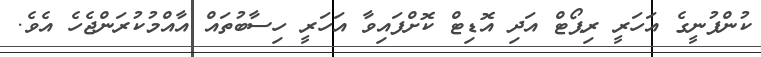
ކުންފުނީގެ އަހަރީ ރިޕޯޓް އަދި އޮޑިޓް ކޮށްފައިވާ އަހަރީ ހިސާބުތައް އާއްމުކުރަންޖެހެ އެވެ.